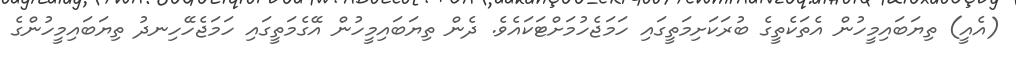
(އެއީ) ތިޔަބައިމީހުން އެތަކެތީގެ ބުރަކަށިމަތީގައި ހަމަޖެހުމަށްޓަކައެވެ. ދެން ތިޔަބައިމީހުން އޭގެމަތީގައި ހަމަޖެހޭހިނދު ތިޔަބައިމީހުންގެ